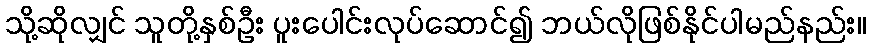
သို့ဆိုလျှင် သူတို့နှစ်ဦး ပူးပေါင်းလုပ်ဆောင်၍ ဘယ်လိုဖြစ်နိုင်ပါမည်နည်း။